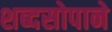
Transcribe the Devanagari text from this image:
शब्दसोपाने